Civil Veterinary Dept. Bombay admin report 1907-1913 - 1907-1913
Year: 1907
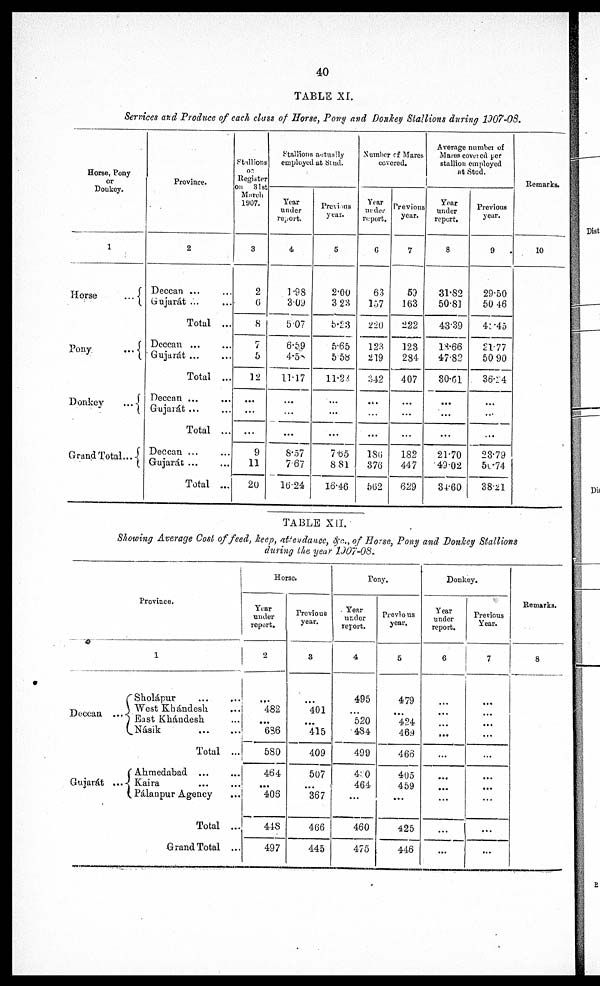
40
TABLE XI.
Services and Produce of each class of Horse, Pony and Donkey Stallions during 1907-08.
Hone, Pony
or
Donkey.
1
Horse
...
Pony
...
Donkey
...
Grand Total...
Province.
2
Deccan ... ...
Gujarát ... ...
Total ...
Deccan
...
...
Gujarát
...
...
Total ...
Deccan ... ...
Gujarát
...
...
Total ...
Deccan
...
...
Gujarát ... ...
Total ...
Stallions
of
Register
on 31st
March
1907.
3
2
6
8
7
5
12
...
...
...
9
11
20
Stallions actually
employed at Stud.
Year
under
report.
4
1.98
3.09
507
6.59
4.5
11.17
...
...
...
8.57
767
1624
Previons
year.
5
2.00
3 23
5.23
5.65
5.58
11.24
...
...
...
7.65
8 81
16.46
Number of Mares
covered.
Year
under
report.
6
63
157
220
123
219
342
...
...
...
186
376
562
Previons
year.
7
53
163
222
123
284
407
...
...
...
182
447
629
Average number of
Mares covered per
stallion employed
at Stud.
Year
under
report.
8
31.82
50.81
43.39
18.66
47.82
80.61
...
...
...
21.70
49.02
84.60
Previous
year.
9
29.50
50 46
41.-45
2177
50 90
36.14
...
...
...
28.79
50.74
38.21
Remarks.
10
TABLE XII.
Showing Average Cost of feed, keep, attendance, &c., of Horse, Pony and Donkey Stallions
during the year 1907-08.
Province.
Deccan ...
Gujarát ...
1
Sholápur
...
...
West Khándesh. ...
East Khándesh ...
Násik
...
...
Total ...
Ahmedabad
...
...
Kaira ... ...
Pálaopur Agency ...
Total ...
Grand Total ...
Horse.
Year
under
report.
2
...
482
...
636
580
464
...
406
448
497
Previous
year.
3
...
401
...
415
409
507
...
367
466
445
Pony.
Year
under
report.
4
495
...
520
484
499
4.0
464
...
460
475
Previous
year.
5
479
...
424
469
466
405
459
...
425
446
Donkey.
Year
under
report.
6
...
...
...
...
...
...
...
...
...
...
Previous
Year.
7
...
...
...
...
...
...
...
...
...
...
Remarks.
8